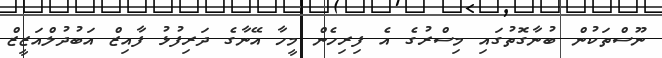
ނޫސްތަކުން ބުނާގޮތުގައި މިސްރުގެ އެ ފިރިހެން މީހާ އޭނާގެ ދަރިފުޅު ފާއިޒް އަބުދުލްއަޒީޒް